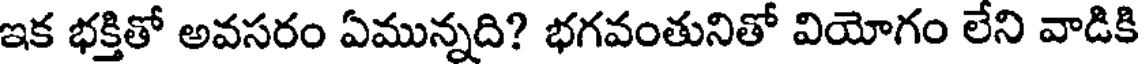
ఇక భక్తితో అవసరం ఏమున్నది? భగవంతునితో వియోగం లేని వాడికి